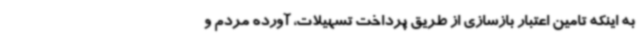
به اینکه تامین اعتبار بازسازی از طریق پرداخت تسهیلات، آورده مردم و